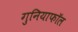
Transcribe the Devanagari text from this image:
गुनियाफॉल